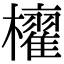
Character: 𣟐